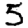
Digit: 5